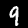
Label: 9